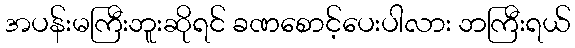
အပန်းမကြီးဘူးဆိုရင် ခဏစောင့်ပေးပါလား ဘကြီးရယ်